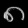
Digit: ၈